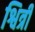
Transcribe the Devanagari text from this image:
श्वित्री